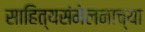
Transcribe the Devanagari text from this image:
साहित्यसंमेलनाच्या